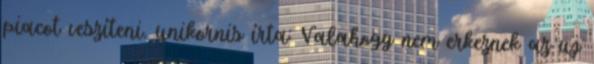
piacot veszíteni. unikornis írta: Valahogy nem erkeznek az uj